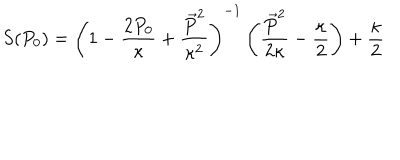
S ( P _ { 0 } ) = \left( 1 - \frac { 2 P _ { 0 } } { \kappa } + \frac { \vec { P } ^ { 2 } } { \kappa ^ { 2 } } \right) ^ { - 1 } \left( \frac { \vec { P } ^ { 2 } } { 2 \kappa } - \frac { \kappa } { 2 } \right) + \frac { \kappa } { 2 }